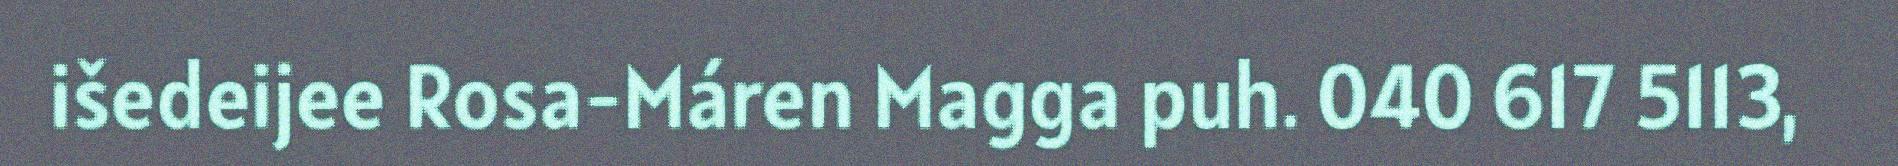
išedeijee Rosa-Máren Magga puh. 040 617 5113,